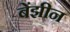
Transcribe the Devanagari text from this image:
बेंझीन